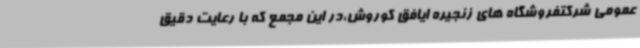
عمومی شرکتفروشگاه های زنجیره ایافق کوروش،در این مجمع که با رعایت دقیق